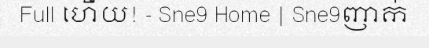
Full ហើយ! - Sne9 Home | Sne9ញាក់